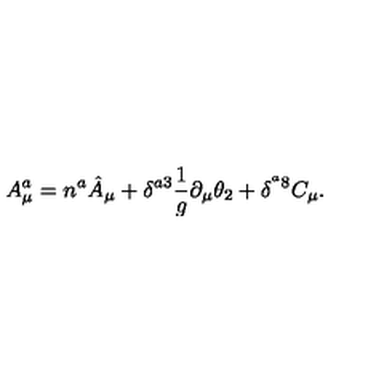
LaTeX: A _ { \mu } ^ { a } = n ^ { a } \hat { A } _ { \mu } + \delta ^ { a 3 } \frac { 1 } { g } \partial _ { \mu } \theta _ { 2 } + \delta ^ { ^ a 8 } C _ { \mu } .